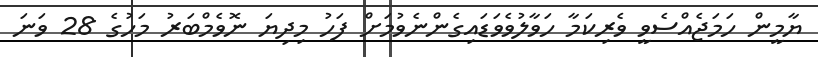
ޔާމީން ހަމަޖެއްސެވީ ވެރިކަމާ ހަވާލުވެވަޑައިގެންނެވުމަށް ފަހު މިދިޔަ ނޮވެމްބަރު މަހުގެ 28 ވަނަ